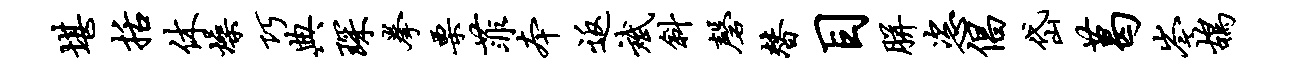
堪括休燥巧典琛拳栗菲本返斌斜磬替目胼恣倡岱葛岑鸪